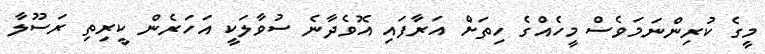
މީގެ ކުރިންނަމަވެސް މީހެއްގެ ހިތަށް އަރާފައި އޮވެދާނެ ސުވާލަކީ އަހަރެން ކީރިތި ރަސޫލާ